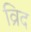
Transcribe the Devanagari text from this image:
व्रिद